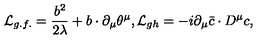
{ \cal L } _ { g . f . } = \frac { b ^ { 2 } } { 2 \lambda } + b \cdot \partial _ { \mu } \theta ^ { \mu } , { \cal L } _ { g h } = - i \partial _ { \mu } { \bar { c } } \cdot D ^ { \mu } c ,